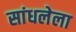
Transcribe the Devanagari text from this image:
सांधलेला